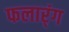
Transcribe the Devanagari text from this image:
फलार्ंग